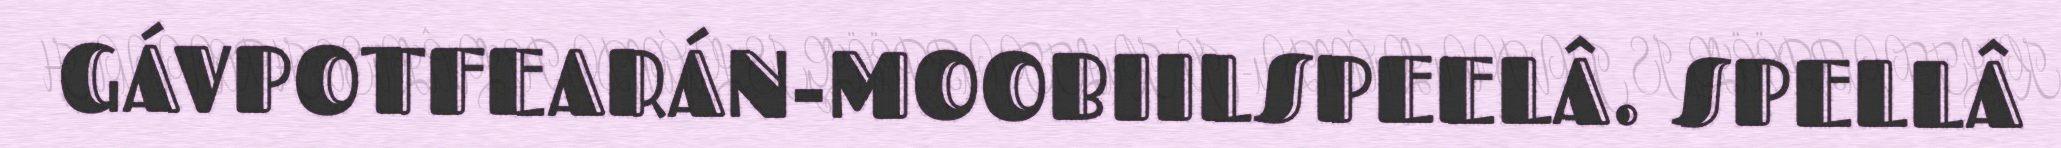
GÁVPOTFEARÁN-MOOBIILSPEELÂ. SPELLÂ